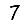
Digit: 7